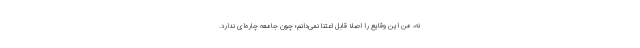
نه، من این وقایع را اصلا قابل اعتنا نمی‌دانم؛ چون جامعه چاره‌ای ندارد.